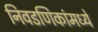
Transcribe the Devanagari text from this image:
निवडणिकांमध्ये